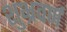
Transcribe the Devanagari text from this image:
शुभ्रवर्ण